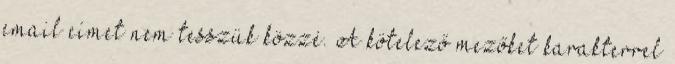
email címet nem tesszük közzé. A kötelező mezőket karakterrel